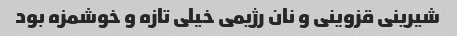
شیرینی قزوینی و نان رژیمی خیلی تازه و خوشمزه بود